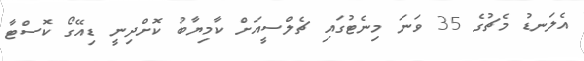
އެލަނޑު މެޗުގެ 35 ވަނަ މިނެޓުގައި ޗެލްސީއަށް ކާމިޔާބު ކޮށްދިނީ ޑިއޭގޯ ކޮސްޓާ